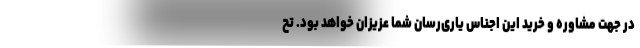
در جهت مشاوره و خرید این اجناس یاری‌رسان شما عزیزان خواهد بود. تح